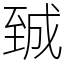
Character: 臹